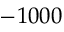
- 1 0 0 0